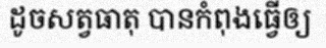
ដូចសត្វធាតុ បានកំពុងធ្វើឲ្យ